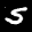
Label: 5